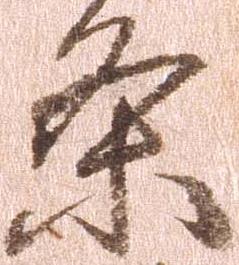
条